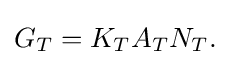
\displaystyle {G_{T}=K_{T}A_{T}N_{T}.}